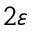
2 \varepsilon